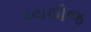
વયથીજ